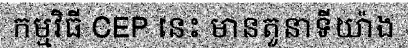
កម្មវិធី CEP នេះ មានតួនាទីយ៉ាង